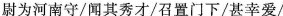
尉为河南守/闻其秀/召置门下/甚幸爱/